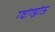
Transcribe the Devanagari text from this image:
ग्वांग्झोऊ